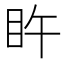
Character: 𥄭